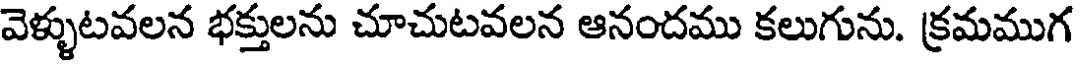
వెళ్ళుటవలన భక్తులను చూచుటవలన ఆనందము కలుగును. క్రమముగ